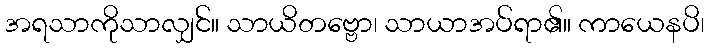
အရသာကိုသာလျှင်။ သာယိတဗ္ဗော၊ သာယာအပ်ရာ၏။ ကာယေနပိ၊